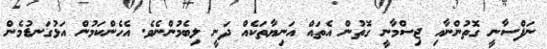
ނަފްސާނީ ގޮތުންނާއި ޖިސްމާނީ ގޮތުން އެތައް އަނިޔާތަކެއް ދަނީ ލިބެމުންނެވެ. އެހެންކަމުން އަޅުގަނޑުމެން